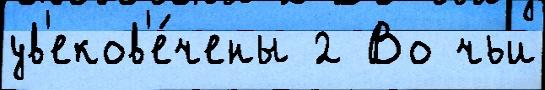
ув'еков'е́чены 2 Во чьи